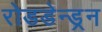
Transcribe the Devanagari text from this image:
रोडडेन्ड्रन